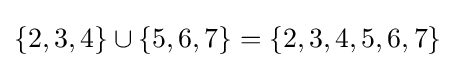
\{2,3,4\}\cup \{5,6,7\}=\{2,3,4,5,6,7\}